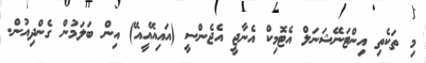
މި ތަކެތި އިންޓަނޭޝަނަލް އެޓޮމިކް އެނާޖީ އެޖެންސީ (އައިއޭއީއޭ) އިން ބަލަމުން ގެންދިއުން.